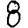
Digit: 8